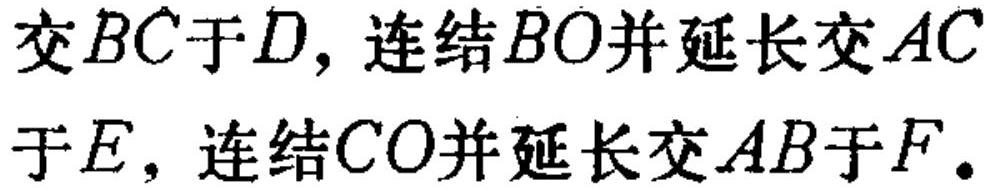
交\(BC\)于\(D\)，连结\(BO\)并延长交\(AC\)于\(E\)，连结\(CO\)并延长交\(AB\)于\(F\).